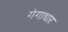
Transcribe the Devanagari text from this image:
गंगाधार